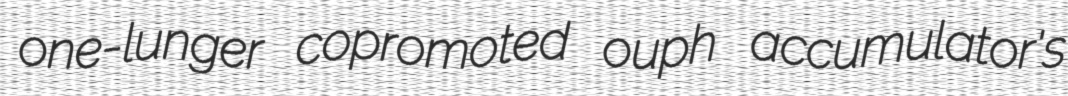
one-lunger copromoted ouph accumulator's